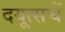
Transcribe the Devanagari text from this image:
दयूत्सचें